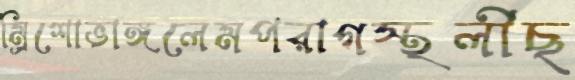
ম্রিশোভাঙ্গলেমপরাগস্থলীছ